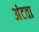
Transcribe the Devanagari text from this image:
अंटता